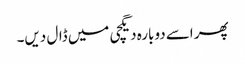
پھر اسے دوبارہ دیگچی میں ڈال دیں۔